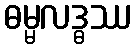
ဓမ္မလဒ္ဓဿ